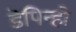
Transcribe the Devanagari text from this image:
डेपिन्हो